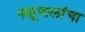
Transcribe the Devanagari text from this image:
पशूपालांचा